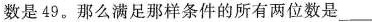
数是49。那么满足那样条件的所有两位数是___